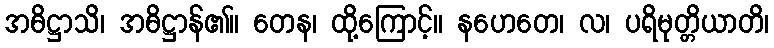
အဓိဋ္ဌာသိ၊ အဓိဋ္ဌာန်၏။ တေန၊ ထို့ကြောင့်။ နဟေတေ၊ လ၊ ပရိမုတ္တိယာတိ၊